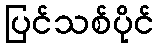
ပြင်သစ်ပိုင်